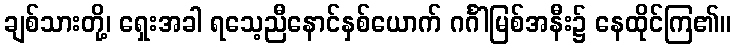
ချစ်သားတို့၊ ရှေးအခါ ရသေ့ညီနောင်နှစ်ယောက် ဂင်္ဂါမြစ်အနီး၌ နေထိုင်ကြ၏။